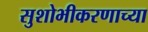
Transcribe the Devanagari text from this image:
सुशोभीकरणाच्या